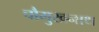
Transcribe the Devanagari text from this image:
चौमुखनाथ